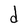
Character: d